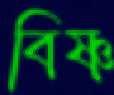
বিষ্ণ